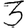
Digit: 3